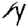
Digit: 4